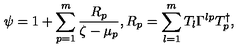
\psi = 1 + \sum _ { p = 1 } ^ { m } \frac { R _ { p } } { \zeta - \mu _ { p } } , R _ { p } = \sum _ { l = 1 } ^ { m } T _ { l } \Gamma ^ { l p } T _ { p } ^ { \dag } ,